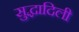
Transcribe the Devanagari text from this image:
सुद्धादिली